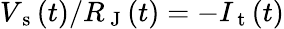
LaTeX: V_{\mathrm{~s~}}(t)/R_{\mathrm{~J~}}(t)=-I_{\mathrm{~t~}}(t)